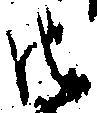
御